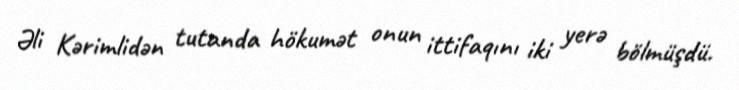
Əli Kərimlidən tutanda hökumət onun ittifaqını iki yerə bölmüşdü.